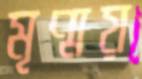
মৃণ্ময়